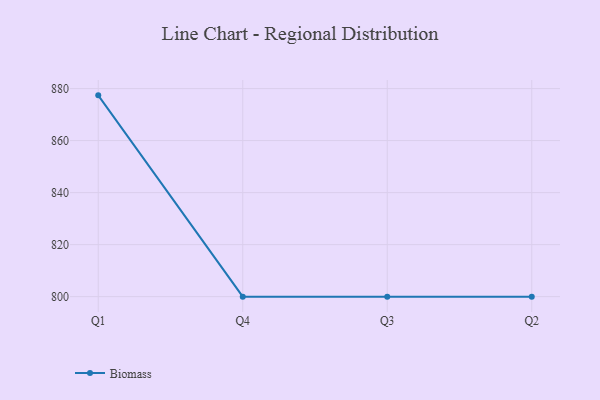
{"axis": {"x": "Quarter", "y": "Population (Million)"}, "legend": ["Biomass"], "data": [{"x": "Q1", "y": 877.4, "type": "Biomass"}, {"x": "Q4", "y": 800, "type": "Biomass"}, {"x": "Q3", "y": 800, "type": "Biomass"}, {"x": "Q2", "y": 800, "type": "Biomass"}]}